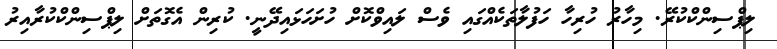
ލިޕްސިންކްކުރޭ. މިހާރު ހުރިހާ ހަފުލާތަކެއްގައި ވެސް ލައިވްކޮށް ހުށަހަޅައިދޭނީ. ކުރިން އެގޮތަށް ލިޕްސިންކްކުރާއިރު